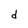
Character: d